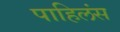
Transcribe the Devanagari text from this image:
पाहिलंस